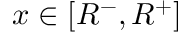
x \in [ R ^ { - } , R ^ { + } ]